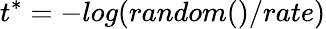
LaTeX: t^{\ast}=-log(random()/rate)